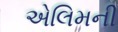
એલિમની